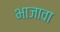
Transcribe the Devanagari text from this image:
भाजावा